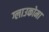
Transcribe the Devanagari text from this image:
ग्लाउकोमा